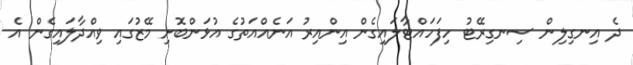
ދެ އިނގިލިން ސިނގިރޭޓު ހިފަހައްޓާލައިގެން އިންއިރު އަނެއްއަތުގެ އުޅަންބޮށި މޭޒުގައި ވިއްދާލައިގެން އެ